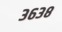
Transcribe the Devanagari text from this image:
३६३८